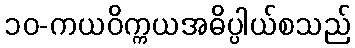
၁၀-ကယဝိက္ကယအဓိပ္ပါယ်စသည်